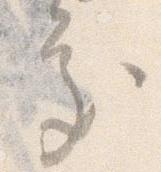
処